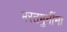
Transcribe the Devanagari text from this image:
भरतमुनींना